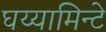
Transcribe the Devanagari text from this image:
घय्यामिन्टे